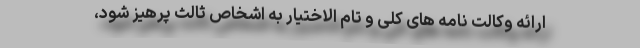
ارائه وکالت نامه ­های کلی و تام الاختیار به اشخاص ثالث پرهیز شود،